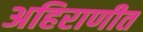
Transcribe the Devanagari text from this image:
अहिराणीत